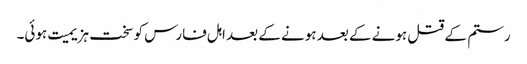
رستم کے قتل ہونے کے بعد ہونے کے بعد اہل فارس کو سخت ہزیمیت ہوئی۔